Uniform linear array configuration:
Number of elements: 16
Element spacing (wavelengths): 0.75
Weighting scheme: cosine
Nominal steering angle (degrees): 60
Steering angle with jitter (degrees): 61.851
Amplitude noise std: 0.05
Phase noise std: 0.05

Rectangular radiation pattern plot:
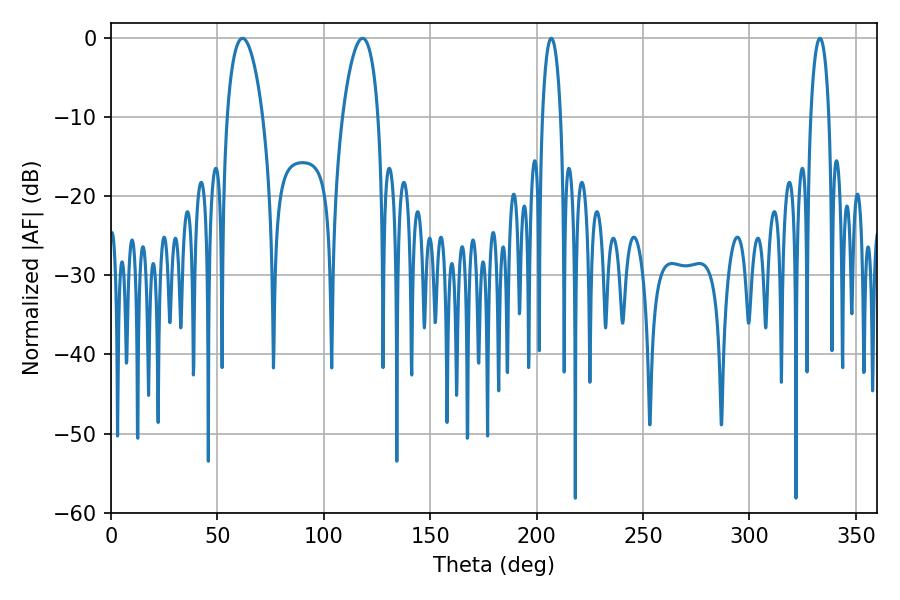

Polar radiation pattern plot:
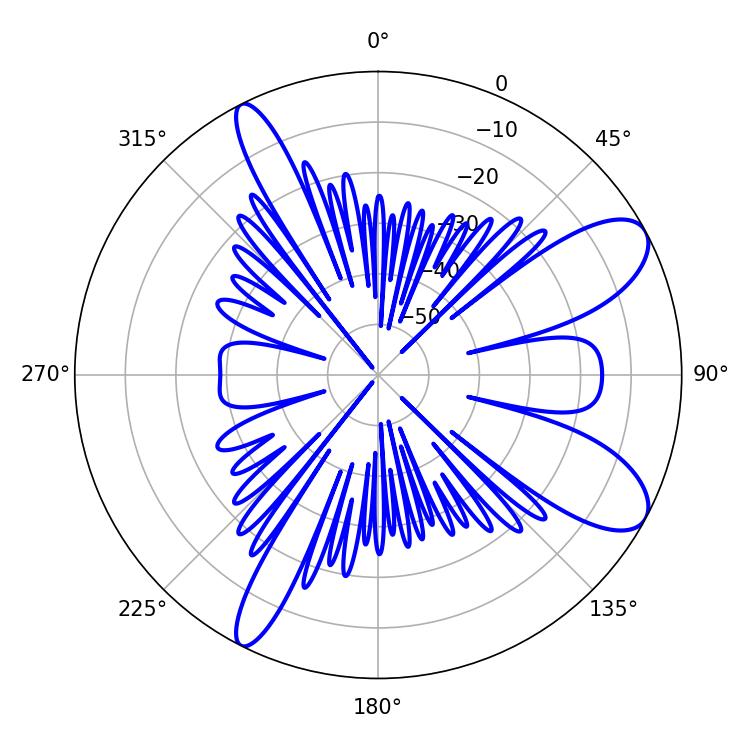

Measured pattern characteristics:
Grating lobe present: TRUE
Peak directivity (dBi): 9.335
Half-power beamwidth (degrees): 9.54
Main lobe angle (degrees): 61.74